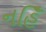
નહિઁ